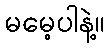
မမေ့ပါနဲ့။